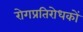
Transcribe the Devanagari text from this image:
रोगप्रतिरोधकों